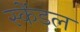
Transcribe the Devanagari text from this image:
स्केंडल